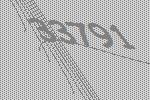
33791